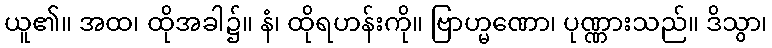
ယူ၏။ အထ၊ ထိုအခါ၌။ နံ၊ ထိုရဟန်းကို။ ဗြာဟ္မဏော၊ ပုဏ္ဏားသည်။ ဒိသွာ၊